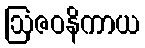
ဩဇဝနိကာယ